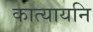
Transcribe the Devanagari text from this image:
कात्यायनि